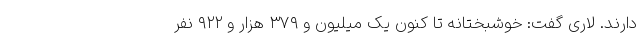
دارند. لاری گفت: خوشبختانه تا کنون یک میلیون و ۳۷۹ هزار و ۹۲۲ نفر